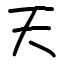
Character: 天